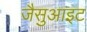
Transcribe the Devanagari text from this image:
जैसुआइट